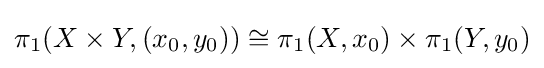
\pi _{1}(X\times Y,(x_{0},y_{0}))\cong \pi _{1}(X,x_{0})\times \pi _{1}(Y,y_{0})